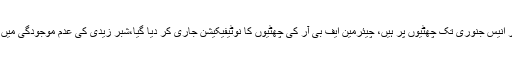
منگل کو جاری نوٹیفکیشن کے مطابق چیئرمین ایف بی آر انیس جنوری تک چھٹیوں پر ہیں، چیئرمین ایف بی آر کی چھٹیوں کا نوٹیفیکیشن جاری کر دیا گیا،شبر زیدی کی عدم موجودگی میں گریڈ 22 کی افسر نوشین جاوید امجد چارج سنبھالیں گی۔